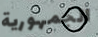
الجمهورية